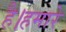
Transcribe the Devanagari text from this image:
है।हमारे